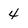
Character: 4